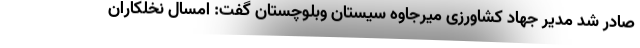
صادر شد مدیر جهاد کشاورزی میرجاوه سیستان وبلوچستان گفت: امسال نخلکاران